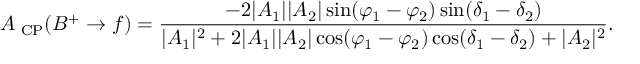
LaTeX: { \cal A } _ { \mathrm { { \scriptsize ~ C P } } } ( B ^ { + } \to f ) = \frac { - 2 | A _ { 1 } | | A _ { 2 } | \sin ( \varphi _ { 1 } - \varphi _ { 2 } ) \sin ( \delta _ { 1 } - \delta _ { 2 } ) } { | A _ { 1 } | ^ { 2 } + 2 | A _ { 1 } | | A _ { 2 } | \cos ( \varphi _ { 1 } - \varphi _ { 2 } ) \cos ( \delta _ { 1 } - \delta _ { 2 } ) + | A _ { 2 } | ^ { 2 } } .